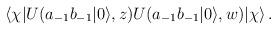
LaTeX: \begin{align*}\langle\chi|U(a_{-1}b_{-1}|0\rangle,z)U(a_{-1}b_{-1}|0\rangle,w)|\chi\rangle\,.\end{align*}